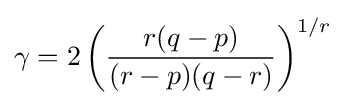
\gamma =2\left({\frac {r(q-p)}{(r-p)(q-r)}}\right)^{1/r}